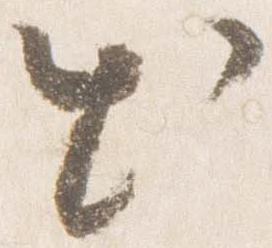
出